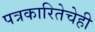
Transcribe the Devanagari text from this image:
पत्रकारितेचेही